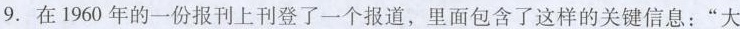
9.在1960年的一份报刊上刊登了一个报道，里面包含了这样的关键信息：“大